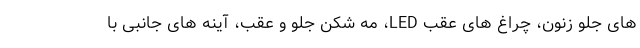
های جلو زنون، چراغ های عقب LED، مه شکن جلو و عقب، آینه های جانبی با